Annual report of the Imperial Bacteriological Laboratory, Muktesar
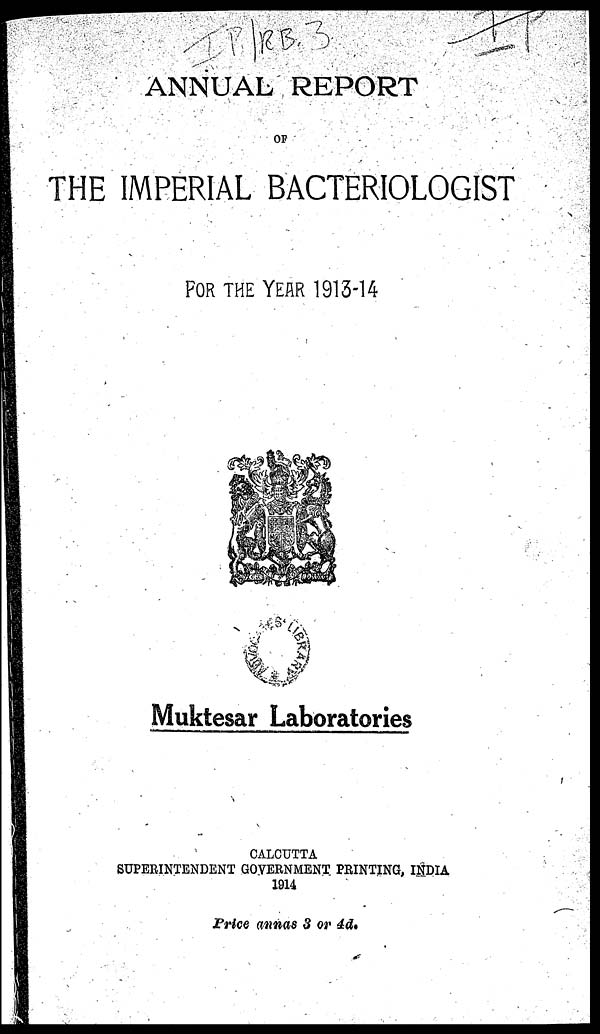
ANNUAL REPORT
OF
THE IMPERIAL BACTERIOLOGIST
FOR THE YEAR 1913-14
Muktesar Laboratories
CALCUTTA
SUPERINTENDENT GOVERNMENT PRINTING, INDIA
1914
Price annas 3 or 4d.